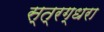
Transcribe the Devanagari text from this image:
स्त्रग्धरा